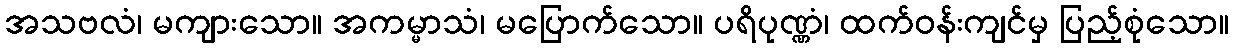
အသဗလံ၊ မကျားသော။ အကမ္မာသံ၊ မပြောက်သော။ ပရိပုဏ္ဏံ၊ ထက်ဝန်းကျင်မှ ပြည့်စုံသော။